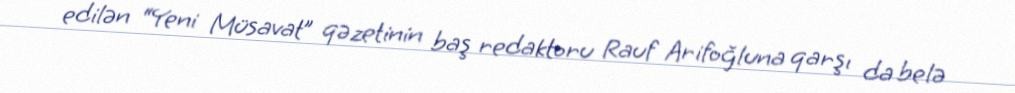
edilən “Yeni Müsavat” qəzetinin baş redaktoru Rauf Arifoğluna qarşı da belə